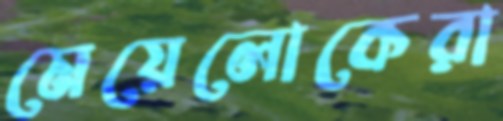
মেয়েলোকেরা